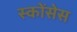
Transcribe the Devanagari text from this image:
स्कोंसेस